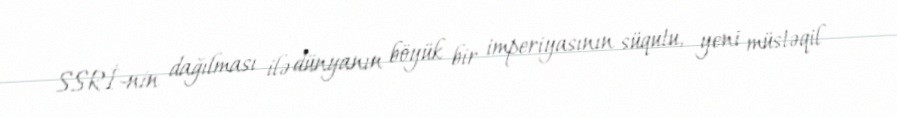
SSRİ-nin dağılması ilə dünyanın böyük bir imperiyasının süqutu, yeni müstəqil